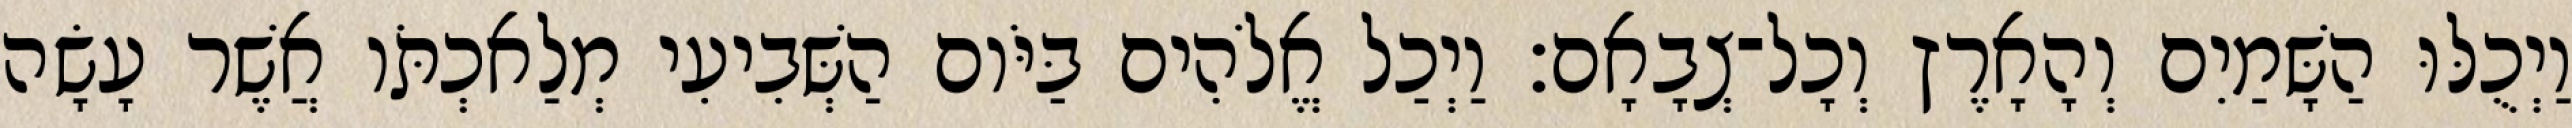
וַיְכֻלּוּ הַשָּׁמַיִם וְהָאָרֶץ וְכָל־צְבָאָם׃ וַיְכַל אֱלֹהִים בַּיֹּום הַשְּׁבִיעִי מְלַאכְתֹּו אֲשֶׁר עָשָׂה